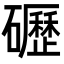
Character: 礰